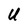
Character: u